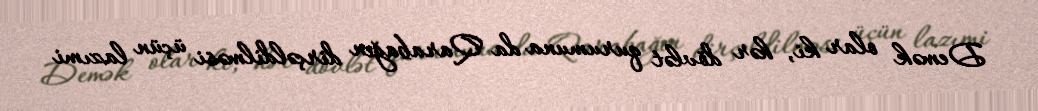
Demək olar ki, hər dövlət qurumuna da Qarabağın dirçəldilməsi üçün lazımi